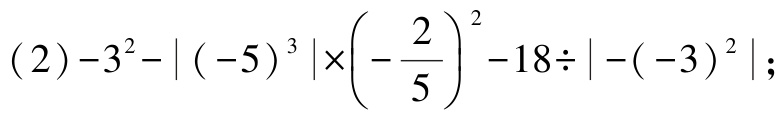
\((2)-3^{2}-\vert (-5)^{3}\vert\times\left(-\dfrac{2}{5}\right)^{2}-18\div\vert -(-3)^{2}\vert;\)